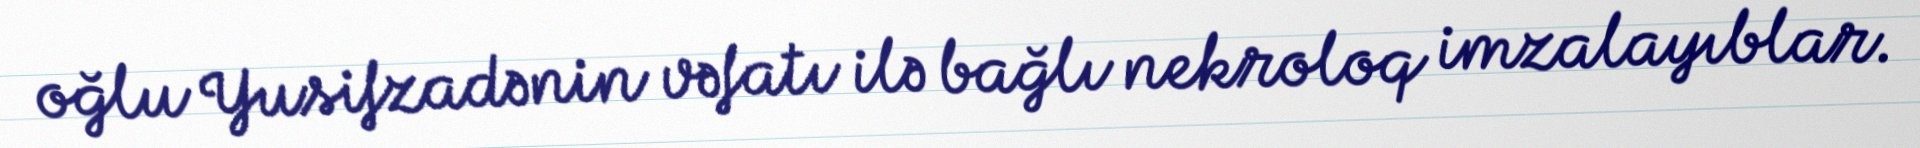
oğlu Yusifzadənin vəfatı ilə bağlı nekroloq imzalayıblar.